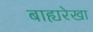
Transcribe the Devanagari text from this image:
बाह्यरेखा